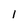
Character: l